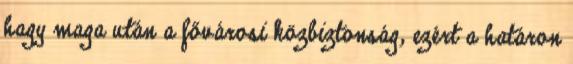
hagy maga után a fővárosi közbiztonság, ezért a határon